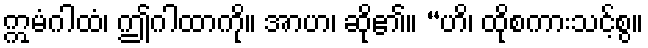
ဣမံဂါထံ၊ ဤဂါထာကို။ အာဟ၊ ဆို၏။ “ဟိ၊ ထိုစကားသင့်စွ။